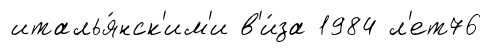
италья́нск'им'и в'и́за 1984 л'ет76